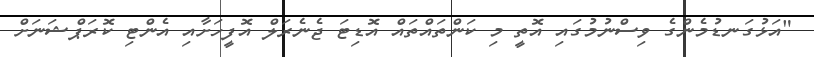
"އަޅުގަނޑުމެންގެ ވިސްނުމުގައި އޮތީ މި ކަންތައްތައް އޮޑިޓަ ޖެނެރަލް އޮފީހަށާއި އެންޓި ކޮރަޕްޝަނަށް